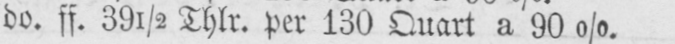
do. ff. 39½ Thlr. per 130 Quart a 90%.